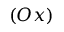
( O x )